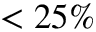
< 2 5 \%